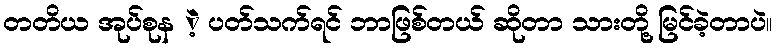
တတိယ အုပ်စုန ဲ့ ပတ်သက်ရင် ဘာဖြစ်တယ် ဆိုတာ သားတို့ မြင်ခဲ့တာပဲ။